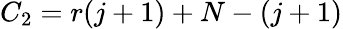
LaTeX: C_{2}=r(j+1)+N-\left(j+1\right)